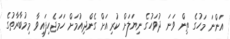
އަންނަ މަހުގެ ތިން ވަނަ ދުވަހުގެ ނިޔަލަށް ކުރިއަށް ގެންދިއުމަށް ހަމަޖެހިފައިވާ މިމުބާރާތުގެ